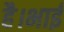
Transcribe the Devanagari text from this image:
है।भाई